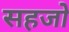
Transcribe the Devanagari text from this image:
सहजो